Relation of titanus [i.e. tetanus] to the hypodermic or intramuscular injection of quinine - Number 43
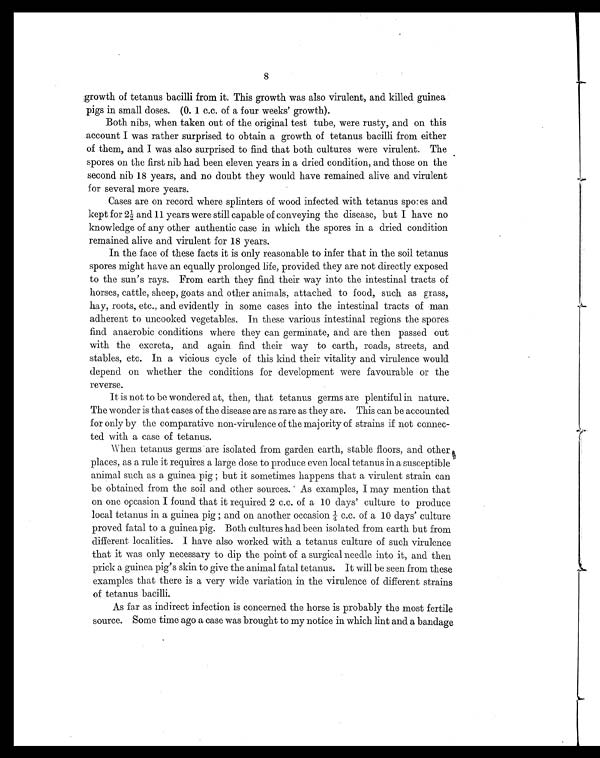
8
growth of tetanus bacilli from it. This growth was also virulent, and killed guinea
pigs in small doses. (0. 1 c.c. of a four weeks' growth).
Both nibs, when taken out of the original test tube, were rusty, and on this
account I was rather surprised to obtain a growth of tetanus bacilli from either
of them, and I was also surprised to find that both cultures were virulent. The
spores on the first nib had been eleven years in a dried condition, and those on the
second nib 18 years, and no doubt they would have remained alive and virulent
for several more years.
Cases are on record where splinters of wood infected with tetanus spores and
kept for 2½ and 11 years were still capable of conveying the disease, but I have no
knowledge of any other authentic case in which the spores in a dried condition
remained alive and virulent for 18 years.
In the face of these facts it is only reasonable to infer that in the soil tetanus
spores might have an equally prolonged life, provided they are not directly exposed
to the sun's rays. From earth they find their way into the intestinal tracts of
horses, cattle, sheep, goats and other animals, attached to food, such as grass,
hay, roots, etc., and evidently in some cases into the intestinal tracts of man
adherent to uncooked vegetables. In these various intestinal regions the spores
find anaerobic conditions where they can germinate, and are then passed out
with the excreta, and again find their way to earth, roads, streets, and
stables, etc. In a vicious cycle of this kind their vitality and virulence would
depend on whether the conditions for development were favourable or the
reverse.
It is not to be wondered at, then, that tetanus germs are plentiful in nature.
The wonder is that cases of the disease are as rare as they are. This can be accounted
for only by the comparative non-virulence of the majority of strains if not connec-
ted with a case of tetanus.
When tetanus germs are isolated from garden earth, stable floors, and other
places, as a rule it requires a large dose to produce even local tetanus in a susceptible
animal such as a guinea pig but it sometimes happens that a virulent strain can
be obtained from the soil and other sources. As examples, I may mention that
on one occasion I found that it required 2 C.C. of a 10 days' culture to produce
l ocal tetanus i n a gui nea pi g; and on another occasi on ¼ C. C. of a 10 days' cul ture
proved fatal to a guinea pig. Both cultures had been isolated from earth but from
different localities. I have also worked with a tetanus culture of such virulence
that it was only necessary to dip the point of a surgical needle into it, and then
prick a guinea pig's skin to give the animal fatal tetanus. It will be seen from these
examples that there is a very wide variation in the virulence of different strains
of tetanus bacilli.
As far as indirect infection is concerned the horse is probably the most fertile
source. Some time ago a case was brought to my notice in which lint and a bandage